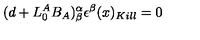
( d + L _ { 0 } ^ { A } B _ { A } ) _ { \beta } ^ { \alpha } \epsilon ^ { \beta } ( x ) _ { K i l l } = 0